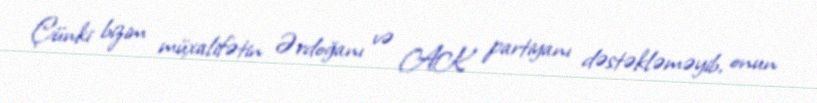
Çünki bizim müxalifətin Ərdoğanı və AK partiyanı dəstəkləməyib, onun